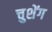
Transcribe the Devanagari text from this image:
चुशेंग